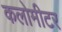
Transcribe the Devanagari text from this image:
कलोमीटर